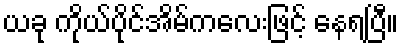
ယခု ကိုယ်ပိုင်အိမ်ကလေးဖြင့် နေရပြီ။